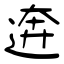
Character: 逩